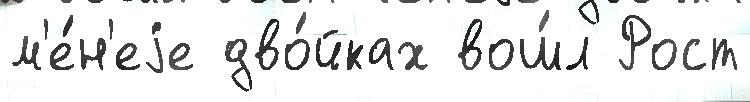
м'е́н'еjе дво́йках вош́л Рост